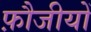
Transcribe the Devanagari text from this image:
फ़ौजीयों